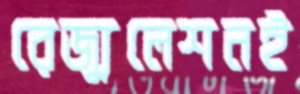
রেজ্যুলেশনই